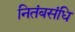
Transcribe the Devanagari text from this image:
नितंबसंधि